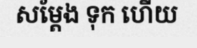
សម្តែង ទុក ហើយ